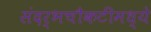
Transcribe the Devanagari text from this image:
संदर्भचौकटींमध्ये